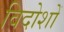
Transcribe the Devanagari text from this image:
विदोशों